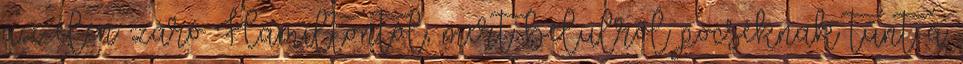
az élen záró Hamiltontól, mert belülről pocséknak tűnt a